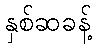
နှစ်ဆခန့်